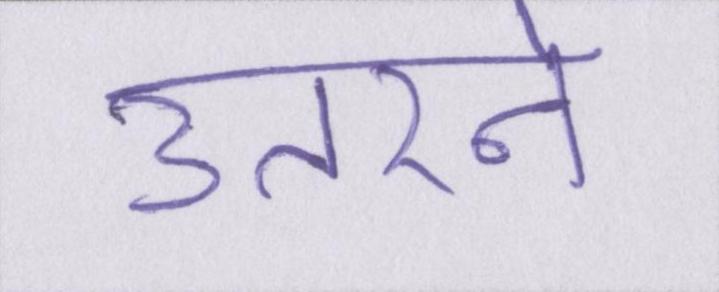
उतरने